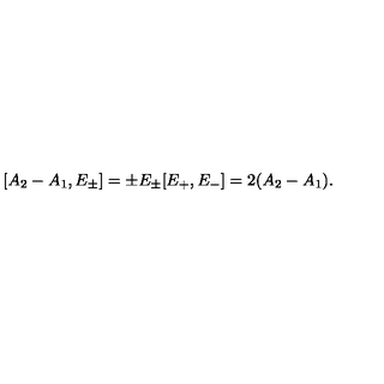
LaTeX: [ A _ { 2 } - A _ { 1 } , E _ { \pm } ] = \pm E _ { \pm } [ E _ { + } , E _ { - } ] = 2 ( A _ { 2 } - A _ { 1 } ) .